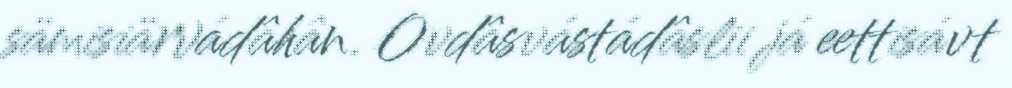
sämisiärvádâhân. Ovdâsvástádâslii já eettisávt